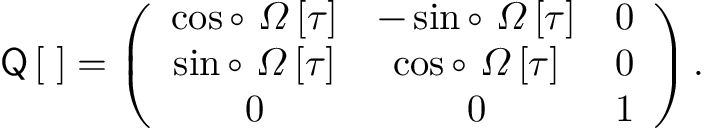
\sf Q \left[ \tau \right] = \left( \begin{array} { c c c } { \cos \circ ~ \Omega \left[ \tau \right] } & { - \sin \circ ~ \Omega \left[ \tau \right] } & { 0 } \\ { \sin \circ ~ \Omega \left[ \tau \right] } & { \cos \circ ~ \Omega \left[ \tau \right] } & { 0 } \\ { 0 } & { 0 } & { 1 } \end{array} \right) .